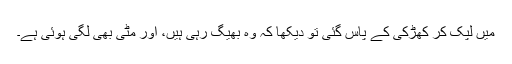
میں‌ لپک کر کھڑکی کے پاس گئی تو دیکھا کہ وہ بھیگ رہی ہیں، اور مٹی بھی لگی ہوئی ہے۔